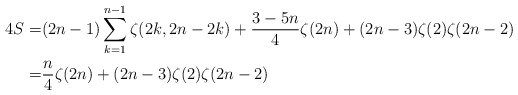
\begin{align*} 4S=&(2n-1) \sum_{k=1}^{n-1} \zeta(2k,2n-2k)+\frac{3-5n}4\zeta(2n)+(2n-3)\zeta(2)\zeta(2n-2)\\=& \frac{n}4\zeta(2n)+(2n-3)\zeta(2)\zeta(2n-2)\end{align*}